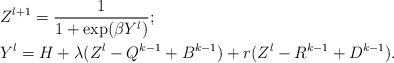
LaTeX: \begin{align*} & Z^{l+1} = \frac{1}{1 + \exp(\beta Y^{l})}; \\ & Y^{l} = H + \lambda(Z^l - Q^{k-1} + B^{k-1}) + r ( Z^l - R^{k-1} + D^{k-1}).\end{align*}